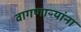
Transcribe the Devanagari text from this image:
वागणाऱ्यांना